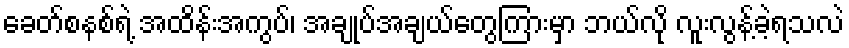
ခေတ်စနစ်ရဲ့ အထိန်းအကွပ်၊ အချုပ်အချယ်တွေကြားမှာ ဘယ်လို လူးလွန့်ခဲ့ရသလဲ